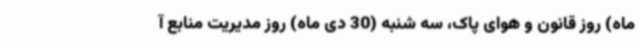
ماه) روز قانون و هوای پاک، سه شنبه (30 دی ماه) روز مدیریت منابع آ